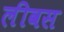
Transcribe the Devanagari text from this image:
लीवस